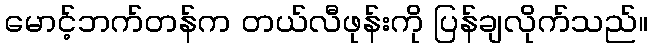
မောင့်ဘက်တန်က တယ်လီဖုန်းကို ပြန်ချလိုက်သည်။